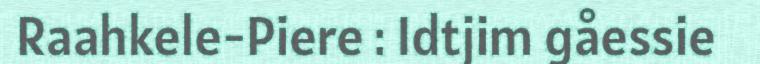
Raahkele-Piere : Idtjim gåessie